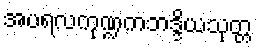
အပရလကုဏ္ဍကဘဒ္ဒိယသုတ္တ